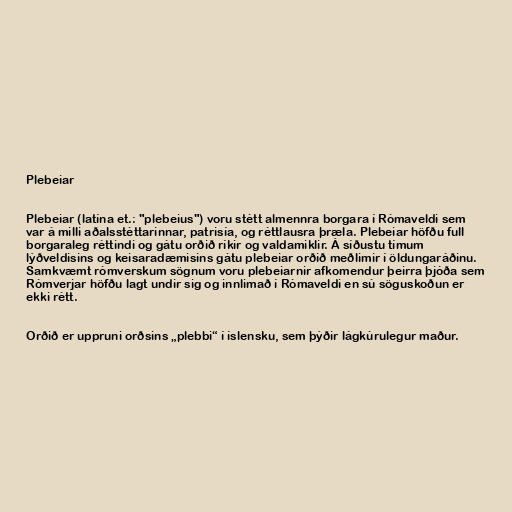
Plebeiar

Plebeiar (latína et.: "plebeius") voru stétt almennra borgara í Rómaveldi sem
var á milli aðalsstéttarinnar, patrisía, og réttlausra þræla. Plebeiar höfðu full
borgaraleg réttindi og gátu orðið ríkir og valdamiklir. Á síðustu tímum
lýðveldisins og keisaradæmisins gátu plebeiar orðið meðlimir í öldungaráðinu.
Samkvæmt rómverskum sögnum voru plebeiarnir afkomendur þeirra þjóða sem
Rómverjar höfðu lagt undir sig og innlimað í Rómaveldi en sú söguskoðun er
ekki rétt.

Orðið er uppruni orðsins „plebbi“ í íslensku, sem þýðir lágkúrulegur maður.